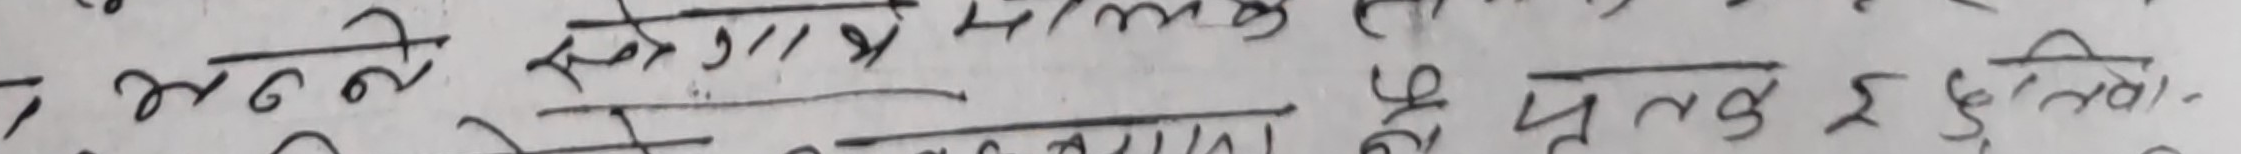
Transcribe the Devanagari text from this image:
७ मन्नते सृजा मन्त्र मान्यता र
म प्रयत्न ई पुग्छ।